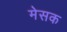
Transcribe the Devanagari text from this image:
मेसक